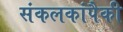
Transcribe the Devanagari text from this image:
संकलकांपैकी